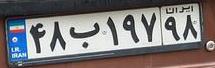
۴۸ب۱۹۷۹۸